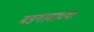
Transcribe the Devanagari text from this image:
मडगावाच्या